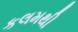
કલમથી